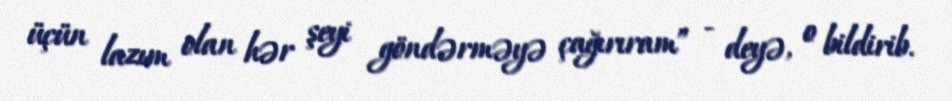
üçün lazım olan hər şeyi göndərməyə çağırıram” - deyə, o bildirib.